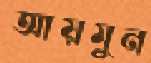
আয়মুন